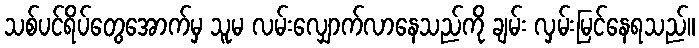
သစ်ပင်ရိပ်တွေအောက်မှ သူမ လမ်းလျှောက်လာနေသည်ကို ချမ်း လှမ်းမြင်နေရသည်။